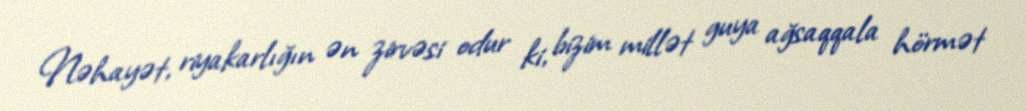
Nəhayət, riyakarlığın ən zirvəsi odur ki, bizim millət guya ağsaqqala hörmət